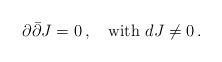
LaTeX: \begin{align*}\partial \bar{\partial} J = 0\,, \quad \hbox{with } d J \neq 0\,.\end{align*}